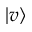
| v \rangle